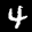
Label: 4